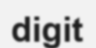
digit